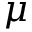
\mu